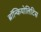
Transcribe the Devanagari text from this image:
ब्रॉन्कियोलिटिस